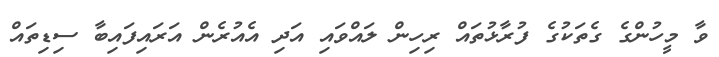
ވާ މީހުންގެ ގެތަކުގެ ފުރާޅުތައް ރިހިން ލައްވައި އަދި އެއުރެން އަރައިފައިބާ ސިޑިތައް